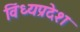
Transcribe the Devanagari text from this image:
विंध्यप्रदेश